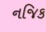
નજિક